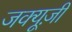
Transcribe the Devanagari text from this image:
जक्यूज़ी